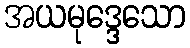
အယမုဒ္ဒေသော